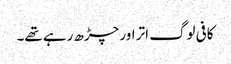
کافی لوگ اتر اور چڑھ رہے تھے۔